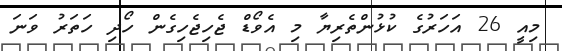
މިއީ 26 އަހަރުގެ ކުޅުންތެރިޔާ މި އެވޯޑް ޖެހިޖެހިގެން ހޯދި ހަތަރު ވަނަ